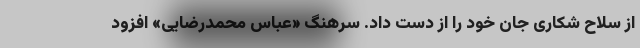
از سلاح شکاری جان خود را از دست داد. سرهنگ «عباس محمدرضایی» افزود